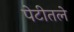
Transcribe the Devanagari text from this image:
पेटीतले